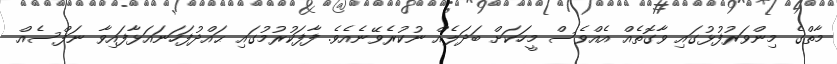
މާތްގެ މިންވަރުފުޅުގައި ވާގޮތެއް އެއްވެސް މީހަކަށް ބަދަލެއް ނުކުރެވޭނެއެވެ. ފާފަކުރުމުގައި ޙައްދުފަހަނައަޅާފައިވާ ނަފްސެއް